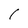
Character: 1